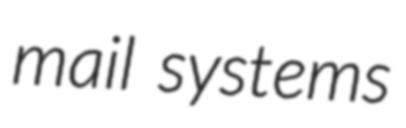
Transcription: mail systems